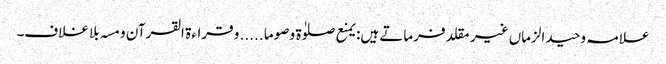
علامہ وحید الزماں غیر مقلد فرماتے ہیں: یمنع صلوٰۃ و صوما ..... و قراءۃ القرآن و مسہ بلا غلاف۔